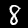
Digit: 8